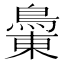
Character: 𪂝